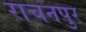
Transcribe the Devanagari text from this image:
राचनपुर